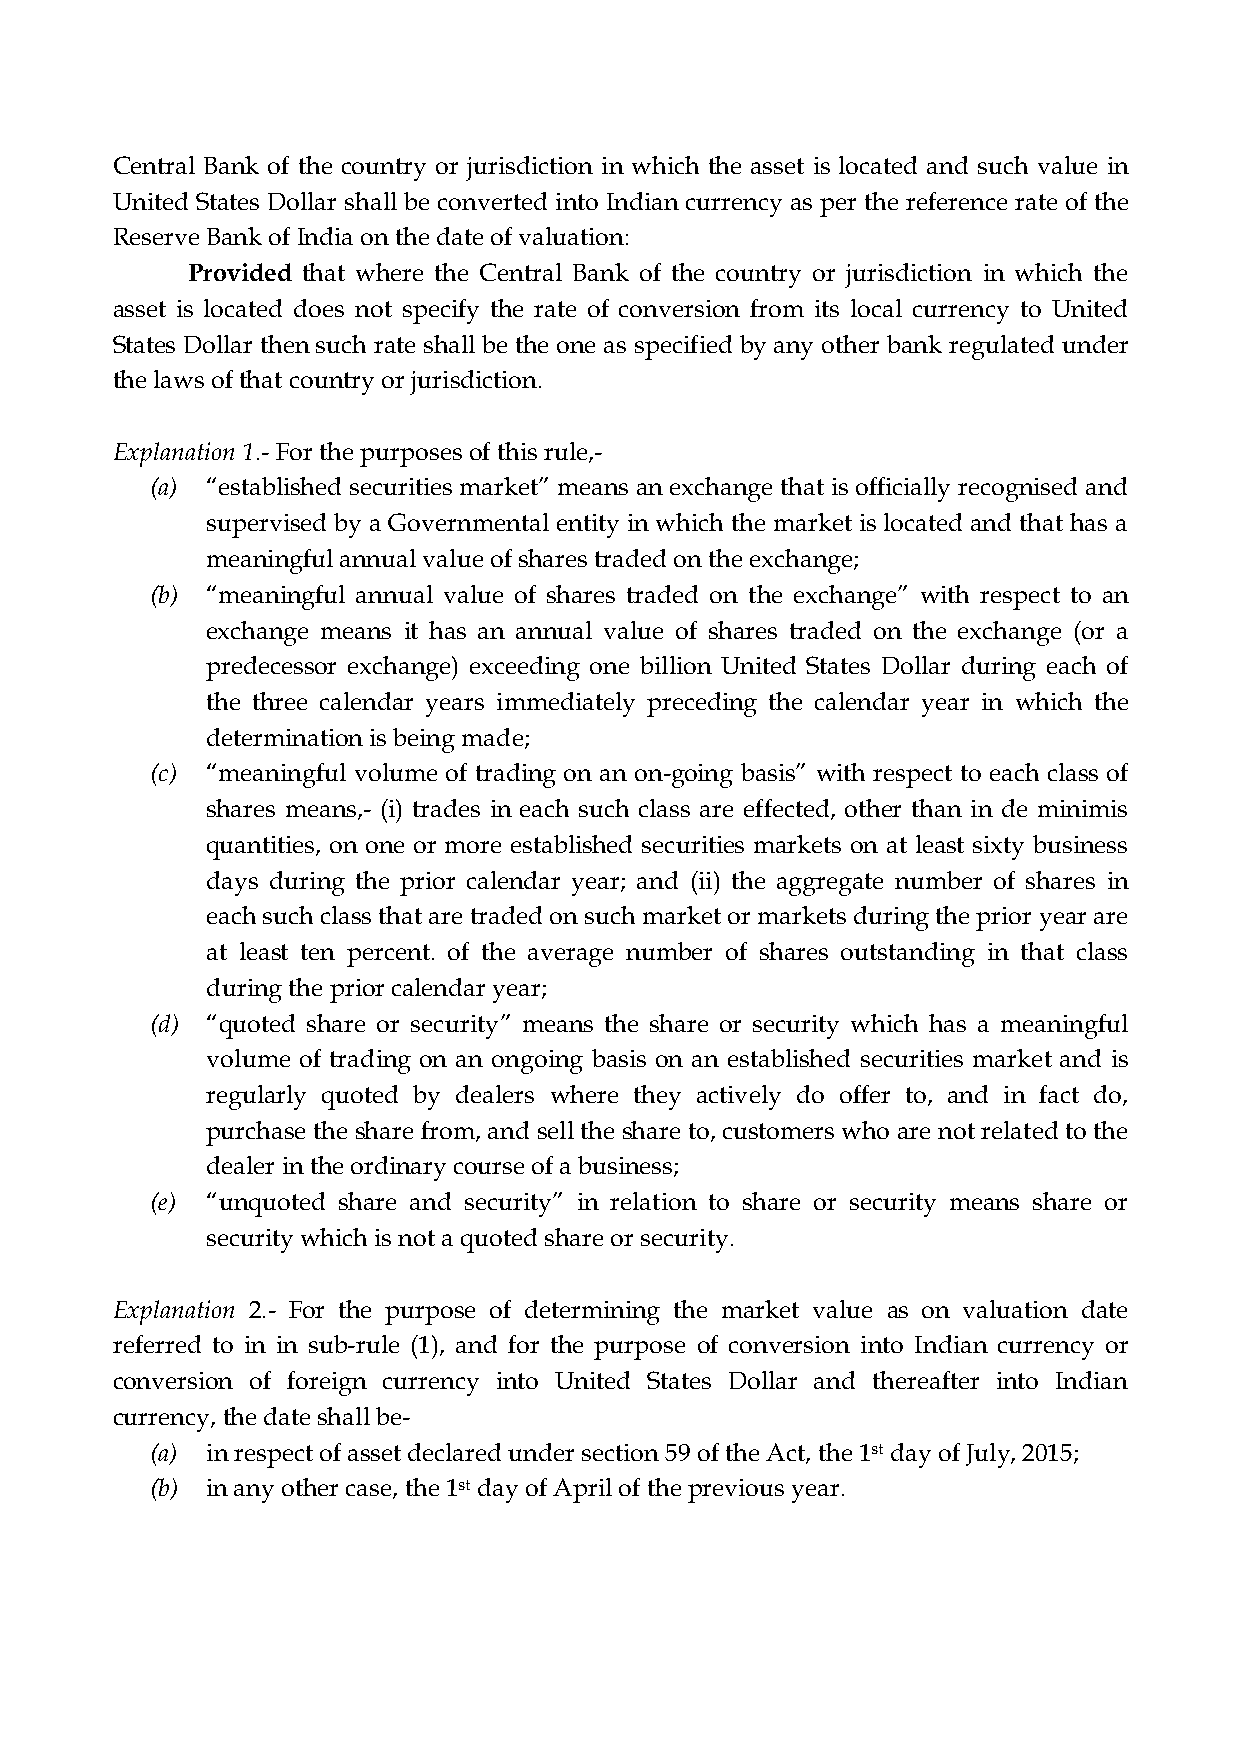
Central Bank of the country or jurisdiction in which the asset is located and such value in
 United States Dollar shall be converted into Indian currency as per the reference rate of the
 Reserve Bank of India on the date of valuation:
 Provided that where the Central Bank of the country or jurisdiction in which the
 asset is located does not specify the rate of conversion from its local currency to United
 States Dollar then such rate shall be the one as specified by any other bank regulated under
 the laws of that country or jurisdiction.
 Explanation 1.- For the purposes of this rule,-
 (a) “established securities market” means an exchange that is officially recognised and
 supervised by a Governmental entity in which the market is located and that has a
 meaningful annual value of shares traded on the exchange;
 (b) “meaningful annual value of shares traded on the exchange” with respect to an
 exchange means it has an annual value of shares traded on the exchange (or a
 predecessor exchange) exceeding one billion United States Dollar during each of
 the three calendar years immediately preceding the calendar year in which the
 determination is being made;
 (c) “meaningful volume of trading on an on-going basis” with respect to each class of
 shares means,- (i) trades in each such class are effected, other than in de minimis
 quantities, on one or more established securities markets on at least sixty business
 days during the prior calendar year; and (ii) the aggregate number of shares in
 each such class that are traded on such market or markets during the prior year are
 at least ten percent. of the average number of shares outstanding in that class
 during the prior calendar year;
 (d) “quoted share or security” means the share or security which has a meaningful
 volume of trading on an ongoing basis on an established securities market and is
 regularly quoted by dealers where they actively do offer to, and in fact do,
 purchase the share from, and sell the share to, customers who are not related to the
 dealer in the ordinary course of a business;
 (e) “unquoted share and security” in relation to share or security means share or
 security which is not a quoted share or security.
 Explanation 2.- For the purpose of determining the market value as on valuation date
 referred to in in sub-rule (1), and for the purpose of conversion into Indian currency or
 conversion of foreign currency into United States Dollar and thereafter into Indian
 currency, the date shall be-
 (a) in respect of asset declared under section 59 of the Act, the 1st day of July, 2015;
 (b) in any other case, the 1st day of April of the previous year.